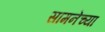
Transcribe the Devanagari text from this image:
सामनेच्या